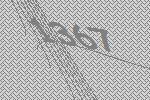
1367